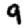
Digit: 9